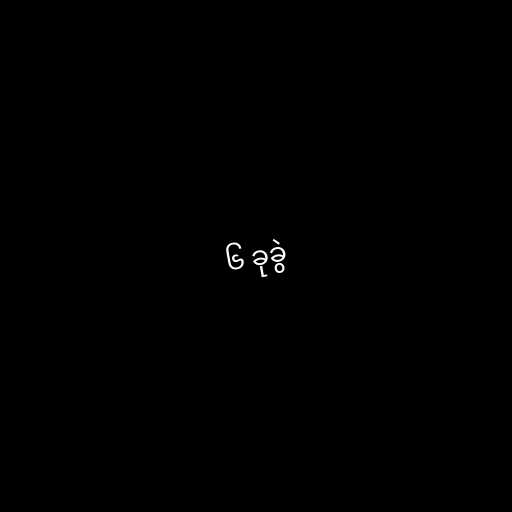
၆ ခုခွဲ